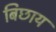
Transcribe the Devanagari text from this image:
बिछाय